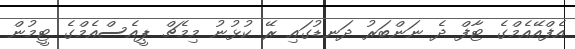
އެފްއޭއެމްގެ ޓާފް ދެ ނަންބަރު ދަނޑުގައި ރޭ ކުޅުނު މިމެޗް ޕީއެސްއެމްގެ ޓީމުން